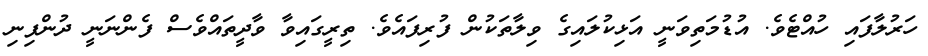
ހަރުލާފައި ހުއްޓެވެ. އުޑުމަތިވަނީ އަޅިކުލައިގެ ވިލާތަކުން ފުރިފައެވެ. ތިރީގައިވާ ވާދީތައްވެސް ފެންނަނީ ދުންފިނި